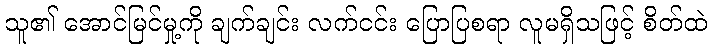
သူ၏ အောင်မြင်မှု့ကို ချက်ချင်း လက်ငင်း ပြောပြစရာ လူမရှိသဖြင့် စိတ်ထဲ